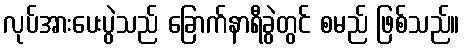
လုပ်အားပေးပွဲသည် ခြောက်နာရီခွဲတွင် စမည် ဖြစ်သည်။